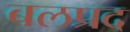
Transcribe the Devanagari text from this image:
बलप्रद